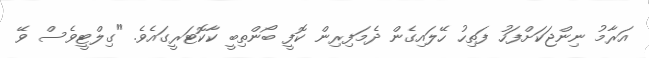
އަރާމު ނިންޖަކަށްފަހު ފަތިހު ހޭލައިގެން ދެމަފިރިން ކޮފީ ބޯންތިބީ ކާކޮޓަރީގައެވެ. "ގިލްޓީވެސް ވޭ